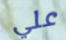
علي